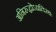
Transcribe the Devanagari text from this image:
अनिरुद्धोऽप्रतिरथः